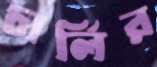
চার্লির